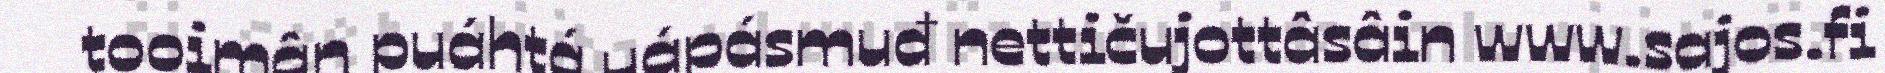
tooimân puáhtá uápásmuđ nettičujottâsâin www.sajos.fi